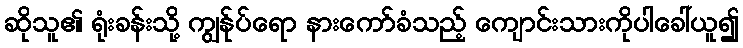
ဆိုသူ၏ ရုံးခန်းသို့ ကျွန်ုပ်ရော နားကော်ခံသည့် ကျောင်းသားကိုပါခေါ်ယူ၍